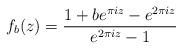
LaTeX: \begin{align*}f_b(z)=\frac{1+be^{\pi i z}-e^{2\pi i z}}{e^{2 \pi i z}-1}\end{align*}